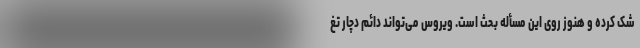
شک کرده و هنوز روی این مسأله بحث است. ویروس می‌تواند دائم دچار تغ